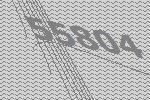
55804